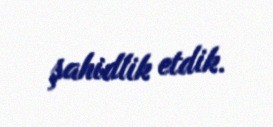
şahidlik etdik.